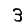
Digit: 3